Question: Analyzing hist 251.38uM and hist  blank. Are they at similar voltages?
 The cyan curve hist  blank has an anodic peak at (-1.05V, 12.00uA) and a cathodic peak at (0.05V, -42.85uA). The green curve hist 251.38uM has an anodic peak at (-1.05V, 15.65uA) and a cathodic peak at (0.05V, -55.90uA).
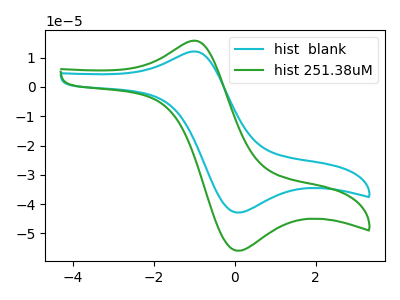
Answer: <think>All the peaks in "hist 251.38uM" have a peak in "hist  blank" at the same potential. Every peak in "hist 251.38uM" is higher than every peak in "hist  blank".
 </think>
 <answer>"hist 251.38uM" and "hist  blank" are similar in shape.</answer>
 <eval>same_shape</eval>